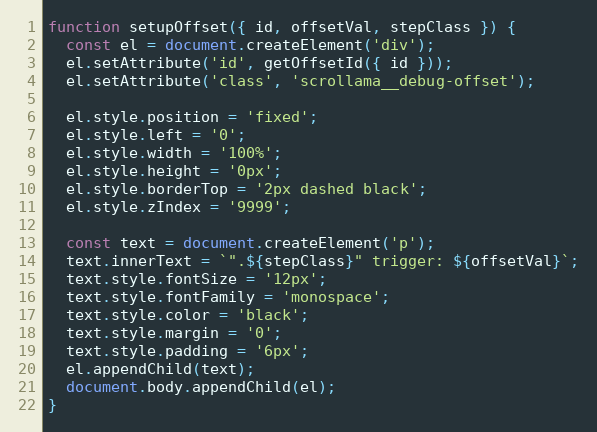
Language: JavaScript
function setupOffset({ id, offsetVal, stepClass }) {
  const el = document.createElement('div');
  el.setAttribute('id', getOffsetId({ id }));
  el.setAttribute('class', 'scrollama__debug-offset');

  el.style.position = 'fixed';
  el.style.left = '0';
  el.style.width = '100%';
  el.style.height = '0px';
  el.style.borderTop = '2px dashed black';
  el.style.zIndex = '9999';

  const text = document.createElement('p');
  text.innerText = `".${stepClass}" trigger: ${offsetVal}`;
  text.style.fontSize = '12px';
  text.style.fontFamily = 'monospace';
  text.style.color = 'black';
  text.style.margin = '0';
  text.style.padding = '6px';
  el.appendChild(text);
  document.body.appendChild(el);
}